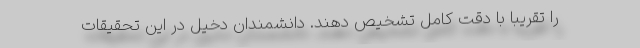
را تقریباً با دقت کامل تشخیص دهند. دانشمندان دخیل در این تحقیقات